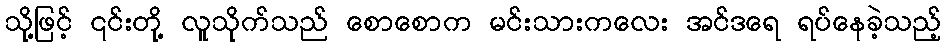
သို့ဖြင့် ၎င်းတို့ လူသိုက်သည် စောစောက မင်းသားကလေး အင်ဒရေ ရပ်နေခဲ့သည့်